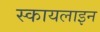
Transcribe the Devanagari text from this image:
स्कायलाइन